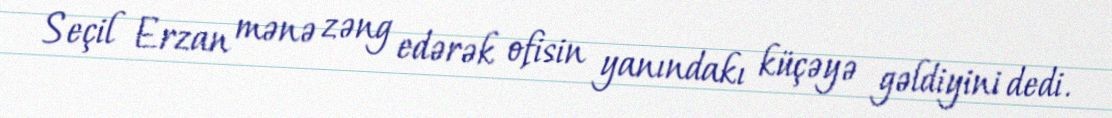
Seçil Erzan mənə zəng edərək ofisin yanındakı küçəyə gəldiyini dedi.